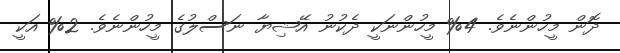
ދޮން މީހުންނެވެ. 4% މީހުންނަކީ ދެކުނު އޭޝިޔާ ނަސްލުގެ މީހުންނެވެ. 2% އަކީ